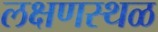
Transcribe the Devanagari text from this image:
लक्षणस्थळ